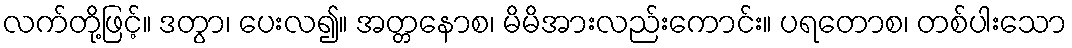
လက်တို့ဖြင့်။ ဒတွာ၊ ပေးလ၍။ အတ္တနောစ၊ မိမိအားလည်းကောင်း။ ပရတောစ၊ တစ်ပါးသော